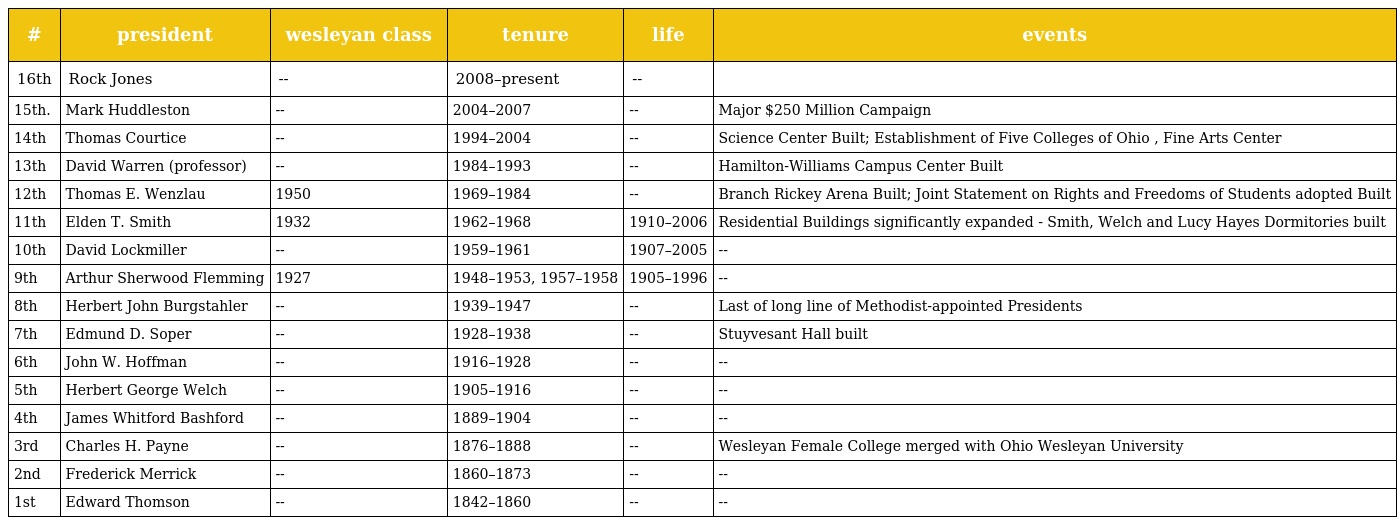
| # | president | wesleyan class | tenure | life | events |
 | --- | --- | --- | --- | --- | --- |
 | 16th | Rock Jones | -- | 2008–present | -- |  |
 | 15th. | Mark Huddleston | -- | 2004–2007 | -- | Major $250 Million Campaign |
 | 14th | Thomas Courtice | -- | 1994–2004 | -- | Science Center Built; Establishment of Five Colleges of Ohio , Fine Arts Center |
 | 13th | David Warren (professor) | -- | 1984–1993 | -- | Hamilton-Williams Campus Center Built |
 | 12th | Thomas E. Wenzlau | 1950 | 1969–1984 | -- | Branch Rickey Arena Built; Joint Statement on Rights and Freedoms of Students adopted Built |
 | 11th | Elden T. Smith | 1932 | 1962–1968 | 1910–2006 | Residential Buildings significantly expanded - Smith, Welch and Lucy Hayes Dormitories built |
 | 10th | David Lockmiller | -- | 1959–1961 | 1907–2005 | -- |
 | 9th | Arthur Sherwood Flemming | 1927 | 1948–1953, 1957–1958 | 1905–1996 | -- |
 | 8th | Herbert John Burgstahler | -- | 1939–1947 | -- | Last of long line of Methodist-appointed Presidents |
 | 7th | Edmund D. Soper | -- | 1928–1938 | -- | Stuyvesant Hall built |
 | 6th | John W. Hoffman | -- | 1916–1928 | -- | -- |
 | 5th | Herbert George Welch | -- | 1905–1916 | -- | -- |
 | 4th | James Whitford Bashford | -- | 1889–1904 | -- | -- |
 | 3rd | Charles H. Payne | -- | 1876–1888 | -- | Wesleyan Female College merged with Ohio Wesleyan University |
 | 2nd | Frederick Merrick | -- | 1860–1873 | -- | -- |
 | 1st | Edward Thomson | -- | 1842–1860 | -- | -- |